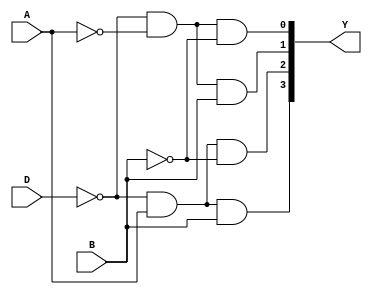
`timescale 1ns / 1ps
//////////////////////////////////////////////////////////////////////////////////
// Company: 
// Engineer: 
// 
// Design Name: 
// Module Name: decoder2
// Project Name: 
// Target Devices: 
// Tool Versions: 
// Description: 
// 
// Dependencies: 
// 
// Revision:
// Revision 0.01 - File Created
// Additional Comments:
// 
//////////////////////////////////////////////////////////////////////////////////


module decoder2(
    input D,  //
    input A,
    input B,
    output [3:0]Y
    );
    assign Y[3] = ~D&A&B;
    assign Y[2] = ~D&A&~B;
    assign Y[1] = ~D&~A&B;
    assign Y[0] = ~D&~A&~B;
endmodule